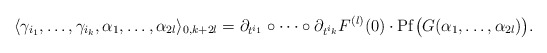
\begin{align*} \langle \gamma_{i_1},\dots,\gamma_{i_k}, \alpha_1,\dots,\alpha_{2l}\rangle_{0,k+2l}=\partial_{t^{i_1}}\circ\dots\circ\partial_{t^{i_k}}F^{(l)}(0)\cdot \mathrm{Pf}\big(G(\alpha_1,\dots,\alpha_{2l})\big). \end{align*}